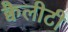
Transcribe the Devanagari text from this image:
क्वैलीटी